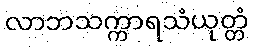
လာဘသက္ကာရသံယုတ္တံ